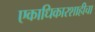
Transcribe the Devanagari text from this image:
एकाधिकारशाहीचा